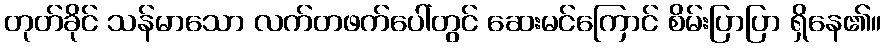
တုတ်ခိုင် သန်မာသော လက်တဖက်ပေါ်တွင် ဆေးမင်ကြောင် စိမ်းပြာပြာ ရှိနေ၏။